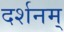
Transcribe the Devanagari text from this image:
दर्शनम्‌